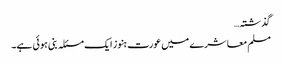
گذشتہ…
مسلم معاشرے میں عورت ہنوز ایک مسئلہ بنی ہوئی ہے۔